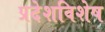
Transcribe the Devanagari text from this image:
प्रदेशविशेष